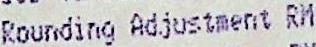
ROUNDING ADJUSTMENT RM